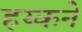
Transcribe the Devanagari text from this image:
हय्कने